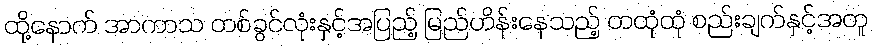
ထို့နောက် အာကာသ တစ်ခွင်လုံးနှင့်အပြည့် မြည်ဟိန်းနေသည့် တထုံထုံ စည်းချက်နှင့်အတူ